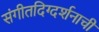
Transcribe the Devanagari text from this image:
संगीतदिग्दर्शनाची